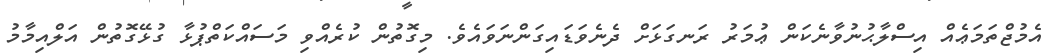
އެމުޖްތަމަޢެއް އިސްލާޙުނުވާނެކަން ޢުމަރު ރަނގަޅަށް ދެނެވަޑައިގަންނަވައެވެ. މިގޮތުން ކުރެއްވި މަސައްކަތްޕުޅާ ގުޅޭގޮތުން އަލްއިމާމު